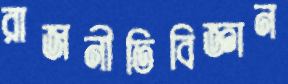
রাজনীতিবিজ্ঞান